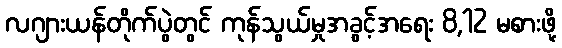
လဂျားယန်တိုက်ပွဲတွင် ကုန်သွယ်မှုအခွင့်အရေး 8,12 မစားဖို့